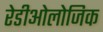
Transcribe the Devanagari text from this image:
रेडीओलोजिक